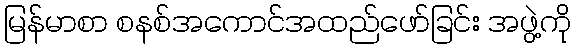
မြန်မာစာ စနစ်အကောင်အထည်ဖော်ခြင်း အဖွဲ့ကို